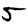
Digit: 5